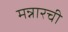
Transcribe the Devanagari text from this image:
मन्नारची